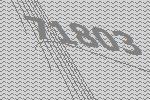
71803